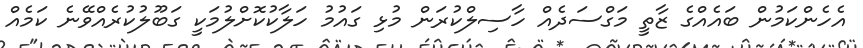
އެހެންކަމުން ބައެއްގެ ޒާތީ މަގްސަދެއް ހާސިލްކުރަން މުޅި ގައުމު ހަލާކުކޮށްލުމަކީ ގަބޫލުކުރެއްވޭނެ ކަމެއް